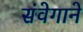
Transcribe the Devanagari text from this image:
संवेगाने